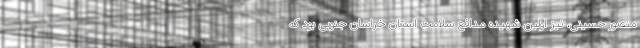
منصور حسینی، نیز اولین شهیده مدافع سلامت استان خراسان جنوبی بود که